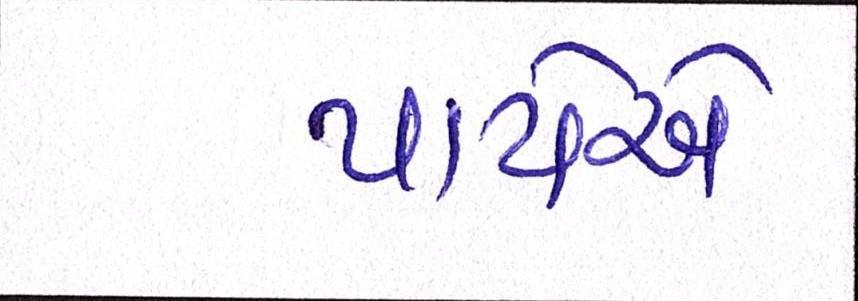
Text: પાયેએ